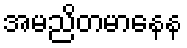
အမညိတမာနေန